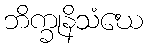
ဘိက္ခုနိသံဃေ